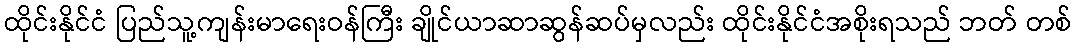
ထိုင်းနိုင်ငံ ပြည်သူ့ကျန်းမာရေးဝန်ကြီး ချိုင်ယာဆာဆွန်ဆပ်မှလည်း ထိုင်းနိုင်ငံအစိုးရသည် ဘတ် တစ်